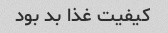
کیفیت غذا بد بود